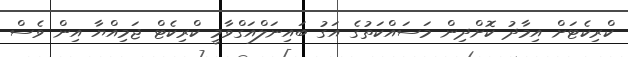
ކްރިކެޓަށް އިމާދު ކޮށްދިން މަސައްކަތުގެ އަގު ބައިނަލްއަގްވާމީ ކްރިކެޓް ޖަމިއްޔާ އިން ވެސް